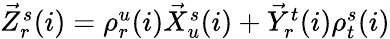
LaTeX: \begin{array}{r}{\vec{Z}_{r}^{s}(i)=\rho_{r}^{u}(i)\vec{X}_{u}^{s}(i)+\vec{Y}_{r}^{t}(i)\rho_{t}^{s}(i)}\end{array}